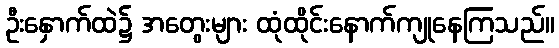
ဦးနှောက်ထဲ၌ အတွေးများ ထုံထိုင်းနောက်ကျုနေကြသည်။